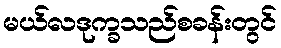
မယ်လဒုက္ခသည်စခန်းတွင်